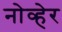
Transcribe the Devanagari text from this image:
नोव्हेर